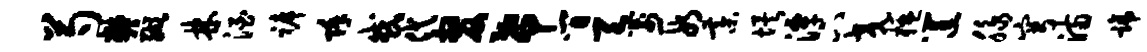
芍樊缬林酒裤除或代嫠希间天箭段綦埃潭下交楹筐脉穹满蹄